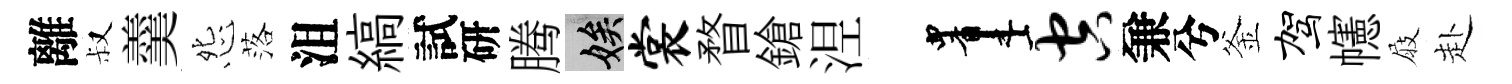
離叔羹怨落沮縞試研腾娭裳瞀鎗𣵀画空兼兮釜驾幰屐赴